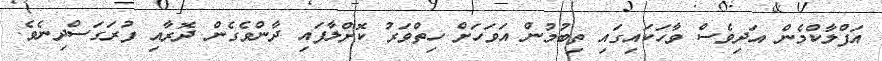
އަފްލާކްމެން އަދިވެސް ވާހަކައިގައި ތިބުމުން އަވަހަށް ހިތްވަރު ކޮށްލާފައި ދާންވެގެން ދޮރާއި ފުރަގަސްދިނެވެ.